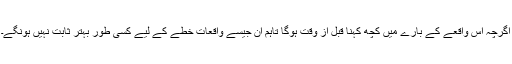
اگرچہ اس واقعے کے بارے میں کچھ کہنا قبل از وقت ہوگا تاہم ان جیسے واقعات خطے کے لیے کسی طور بہتر ثابت نہیں ہونگے۔